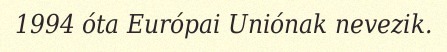
1994 óta Európai Uniónak nevezik.